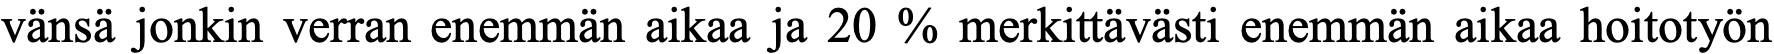
vänsä jonkin verran enemmän aikaa ja 20 % merkittävästi enemmän aikaa hoitotyön